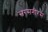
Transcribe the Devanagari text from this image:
सरसनीरस